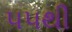
૫૫થી